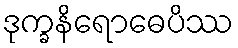
ဒုက္ခနိရောဓေပိဿ